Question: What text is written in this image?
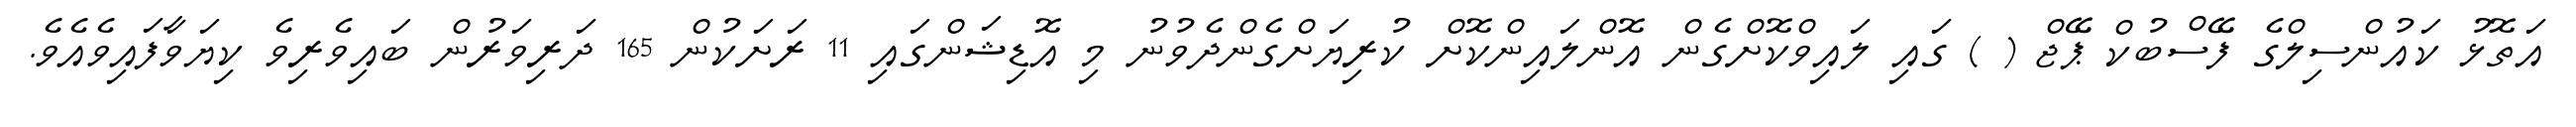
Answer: އަތޮޅު ކައުންސިލްގެ ފޭސްބުކް ޕޭޖް ( ) ގައި ލައިވްކޮށްގެން އޮންލައިންކޮށް ކުރިޔަށްގެންދެވުނު މި އޮޑިޝަންގައި 11 ރަށަކުން 165 ދަރިވަރުން ބައިވެރިވެ ކިޔަވާފައިވެއެވެ.